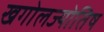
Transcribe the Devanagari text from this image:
खगोलज्योतिष